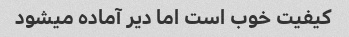
کیفیت خوب است اما دیر آماده میشود